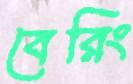
বেরিং